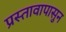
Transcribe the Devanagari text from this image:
प्रस्तावापासुन